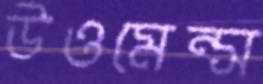
উওমেন্স